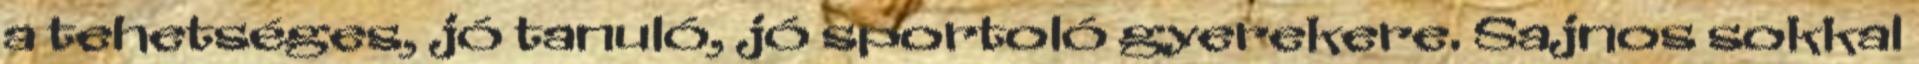
a tehetséges, jó tanuló, jó sportoló gyerekere. Sajnos sokkal